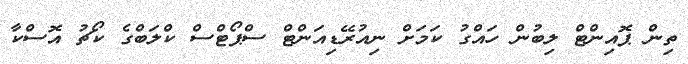
ތިން ޕޮއިންޓް ލިބުން ހައްގު ކަމަށް ނިއުރޭޑިއަންޓް ސްޕޯޓްސް ކްލަބްގެ ކޯޗު އޮސްކާ